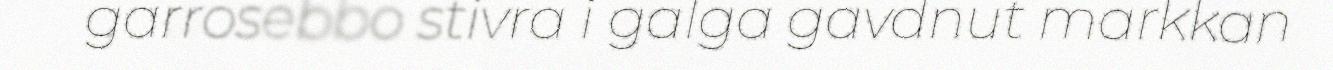
garrosebbo stivra i galga gavdnut markkan